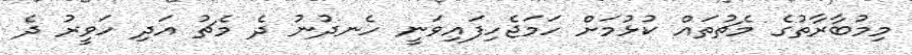
މިމުބާރާތުގެ މެޗުތައް ކުޅުމަށް ހަމަޖެހިފައިވަނީ ހެނދުނު ދެ މެޗު އަދި ހަވީރު ދެ